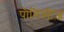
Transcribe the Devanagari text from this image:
पौलिसीज़